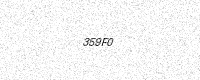
Text: 359F0